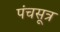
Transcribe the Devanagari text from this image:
पंचसूत्र